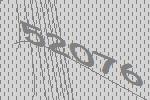
52076